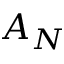
A _ { N }